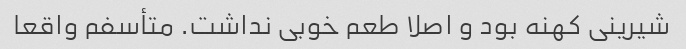
شیرینی کهنه بود و اصلا طعم خوبی نداشت. متأسفم واقعا